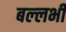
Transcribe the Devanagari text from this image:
बल्‍लभी